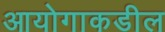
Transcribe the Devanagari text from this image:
आयोगाकडील